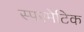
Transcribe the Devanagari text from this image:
स्परमेटिक